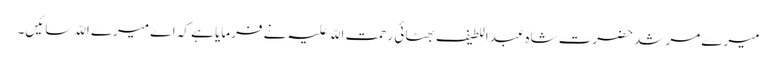
میرے مرشد حضرت شاہ عبداللطیف بھٹائی رحمت اللّہ علیہِ نے فرمایا ہے کہ اے میرے اللّہ سائیں۔